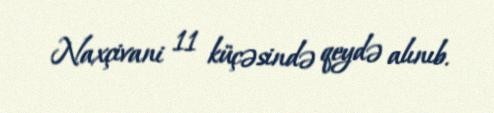
Naxçivani 11 küçəsində qeydə alınıb.